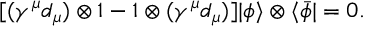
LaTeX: \lbrack ( \gamma ^ { \mu } { d } _ { \mu } ) \otimes 1 - 1 \otimes ( \gamma ^ { \mu } { d } _ { \mu } ) ] | \phi \rangle \otimes \langle \bar { \phi } | = 0 .